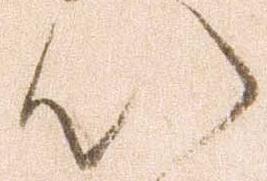
以